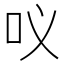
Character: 𭇀